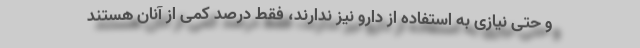
و حتی نیازی به استفاده از دارو نیز ندارند، فقط درصد کمی از آنان هستند